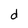
Character: d